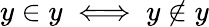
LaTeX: y\in y\iff y\notin y